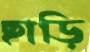
ছাড়ি